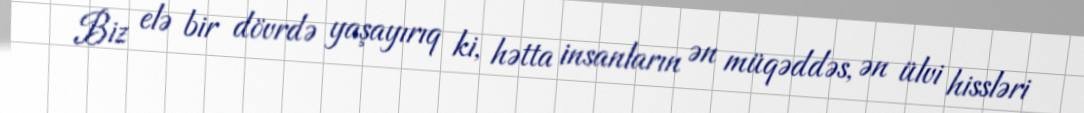
Biz elə bir dövrdə yaşayırıq ki, hətta insanların ən müqəddəs, ən ülvi hissləri